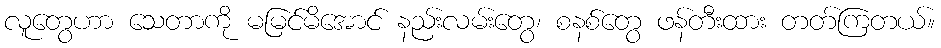
လူတွေဟာ သေတာကို မမြင်မိအောင် နည်းလမ်းတွေ၊ စနစ်တွေ ဖန်တီးထား တတ်ကြတယ်။